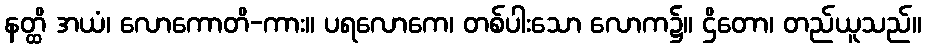
နတ္ထိ အယံ၊ လောကောတိ-ကား။ ပရလောကေ၊ တစ်ပါးသော လောက၌။ ဌိတော၊ တည်ယူသည်။